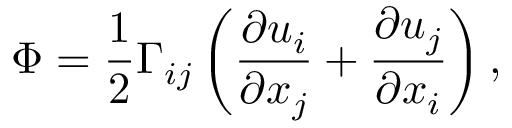
\Phi = \frac { 1 } { 2 } { \Gamma _ { i j } } \left( \frac { \partial u _ { i } } { \partial x _ { j } } + \frac { \partial u _ { j } } { \partial x _ { i } } \right) ,